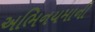
અભિનયમાની